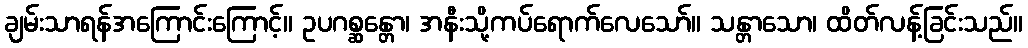
ချမ်းသာရန်အကြောင်းကြောင့်။ ဥပဂစ္ဆန္တော၊ အနီးသို့ကပ်ရောက်လေသော်။ သန္တာသော၊ ထိတ်လန့်ခြင်းသည်။